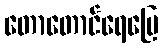
တောတောင်ရေမြေ